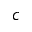
c